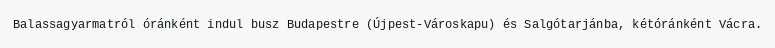
Balassagyarmatról óránként indul busz Budapestre (Újpest-Városkapu) és Salgótarjánba, kétóránként Vácra.